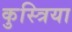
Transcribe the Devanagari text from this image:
कुस्त्रिया